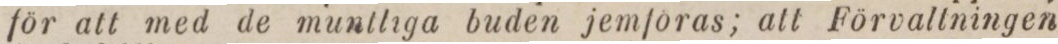
för att med de muntliga buden jemföras; att Förvaltningen